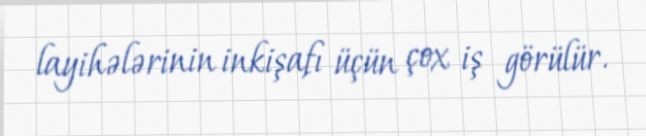
layihələrinin inkişafı üçün çox iş görülür.